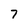
Character: 7